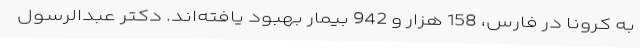
به کرونا در فارس، 158 هزار و 942 بیمار بهبود یافته‌اند. دکتر عبدالرسول